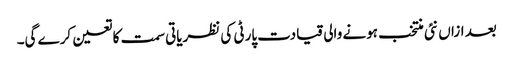
بعد ازاں نئی منتخب ہونے والی قیادت پارٹی کی نظریاتی سمت کا تعین کرے گی۔